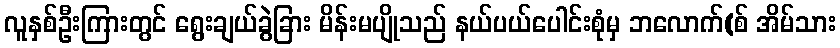
လူနှစ်ဦးကြားတွင် ရွေးချယ်ခွဲခြား မိန်းမပျိုသည် နယ်ပယ်ပေါင်းစုံမှ ဘလောက်(စ် အိမ်သား